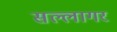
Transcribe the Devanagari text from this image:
सल्लागर